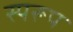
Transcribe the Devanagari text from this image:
स्परूप